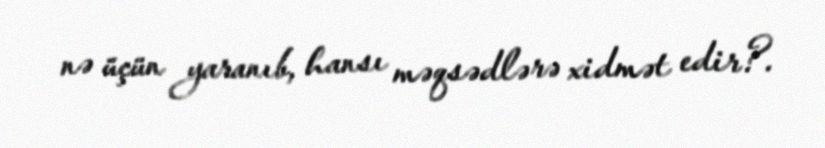
nə üçün yaranıb, hansı məqsədlərə xidmət edir?.